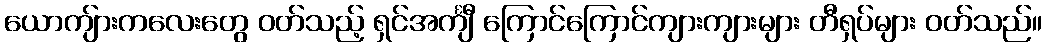
ယောကျ်ားကလေးတွေ ဝတ်သည့် ရှင်အင်္ကျီ ကြောင်ကြောင်ကျားကျားများ တီရှပ်များ ဝတ်သည်။